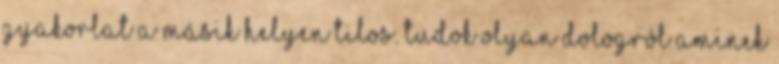
gyakorlat a másik helyen tilos. Tudok olyan dologról aminek